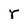
Character: r